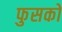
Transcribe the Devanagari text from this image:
फुसको